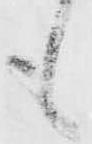
も